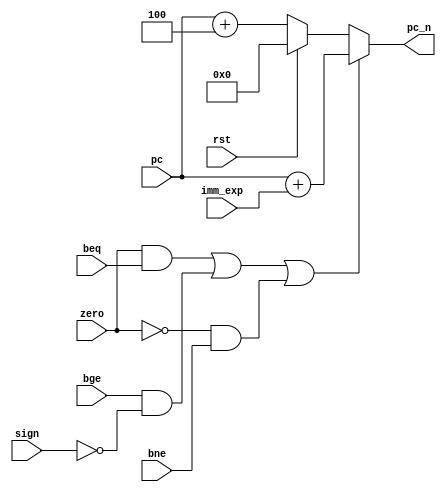
`timescale 1ns / 1ps
//////////////////////////////////////////////////////////////////////////////////
// Company: 
// Engineer: 
// 
// Design Name: 
// Module Name: pc_next
// Project Name: 
// Target Devices: 
// Tool Versions: 
// Description: 
// 
// Dependencies: 
// 
// Revision:
// Revision 0.01 - File Created
// Additional Comments:
// 
//////////////////////////////////////////////////////////////////////////////////


module pc_next(
    input                   rst,
    input           [31:0]  imm_exp,
    input           [31:0]  pc,
    input                   zero,
    input                   beq,
    input                   bge,
    input                   bne,
    input                   sign,
//    input                   jal,

    output          [31:0]  pc_n
    );
    wire                    pc_jump;
    wire            [31:0]  pc_4;
    wire            [31:0]  imm_pc;
    assign pc_n = pc_jump ? imm_pc : pc_4;
    assign imm_pc = pc + imm_exp ;
    assign pc_jump = (zero & beq)||(bge & ~sign)||(!zero & bne);//|jal;// | (!zero & bne);
    assign pc_4 =  rst ? 'd0 : (pc + 'd4);
endmodule